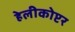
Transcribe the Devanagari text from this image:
हेलीकोप्टर